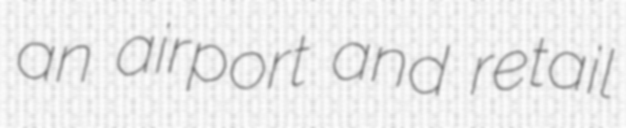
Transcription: an airport and retail